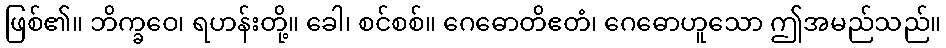
ဖြစ်၏။ ဘိက္ခဝေ၊ ရဟန်းတို့။ ခေါ၊ စင်စစ်။ ဂေဓောတိဧတံ၊ ဂေဓောဟူသော ဤအမည်သည်။